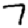
Digit: 7